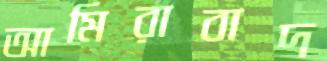
আমিরাবাদ